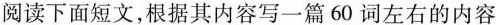
阅读下面短文,根据其内容写一篇 60 词左右的内容